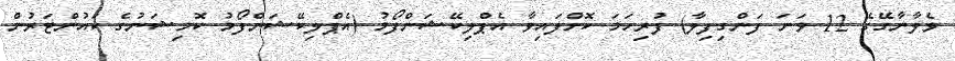
ވެލާނާގޭގެ 12 ވަނަ ފަންގިފިލާ) ފުރިހަމަ ކޮށްފައިވާ އެޕްލިކޭޝަންފޯމު (އެޕްލިކޭޝަންފޯމު ކޮމިޝަނުގެ ކައުންޓަރުން